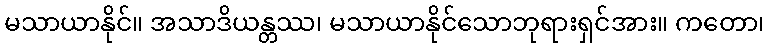
မသာယာနိုင်။ အသာဒိယန္တဿ၊ မသာယာနိုင်သောဘုရားရှင်အား။ ကတော၊